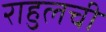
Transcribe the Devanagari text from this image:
राहुलची